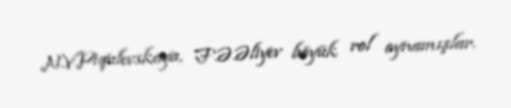
N.V.Piqulevskaya, F.Ə.Əliyev böyük rol oynamışlar.